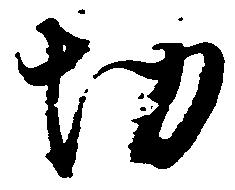
切